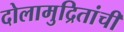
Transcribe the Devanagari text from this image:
दोलामुद्रितांची